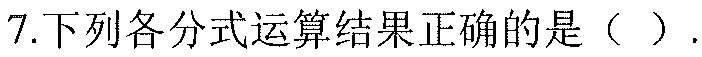
7.下列各分式运算结果正确的是（ ）.